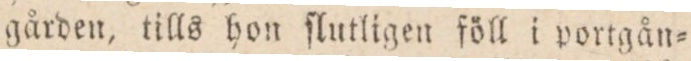
gården, tills hon klukligen föll i portgån=